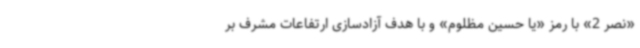
«نصر 2» با رمز «یا حسین مظلوم» و با هدف آزادسازی ارتفاعات مشرف بر